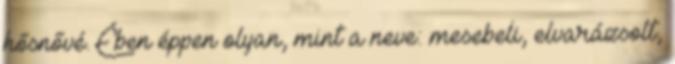
hősnővé. Ében éppen olyan, mint a neve: mesebeli, elvarázsolt,